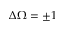
\Delta \Omega = \pm 1